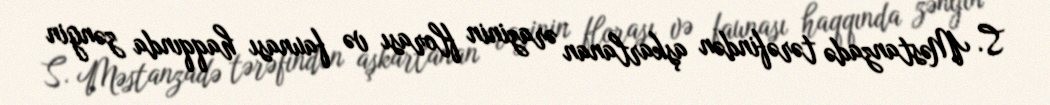
S. Məstanzadə tərəfindən aşkarlanan ərazinin florası və faunası haqqında zəngin